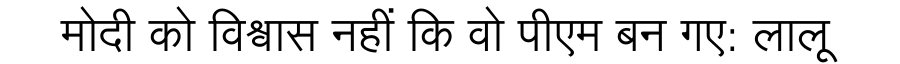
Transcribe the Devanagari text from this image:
मोदी को विश्वास नहीं कि वो पीएम बन गए: लालू